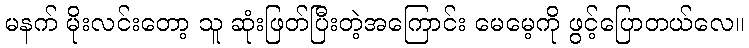
မနက် မိုးလင်းတော့ သူ ဆုံးဖြတ်ပြီးတဲ့အကြောင်း မေမေ့ကို ဖွင့်ပြောတယ်လေ။